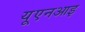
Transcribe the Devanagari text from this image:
यूएनआइ